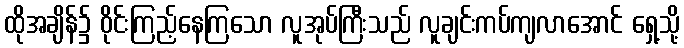
ထိုအချိန်၌ ဝိုင်းကြည့်နေကြသော လူအုပ်ကြီးသည် လူချင်းကပ်ကျလာအောင် ရှေ့သို့